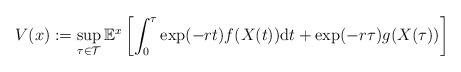
LaTeX: \begin{align*}V(x):=\sup_{\tau\in\mathcal{T}}\mathbb{E}^x\left[\int_0^{\tau}\exp(-rt)f(X(t))\mathrm{d}t+\exp(-r\tau)g(X(\tau))\right]\end{align*}